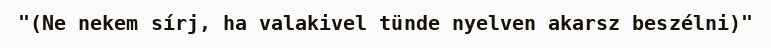
"(Ne nekem sírj, ha valakivel tünde nyelven akarsz beszélni)"